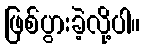
ဖြစ်ပွားခဲ့လို့ပါ။